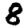
Digit: 8